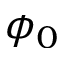
\phi _ { 0 }